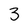
Character: 3